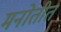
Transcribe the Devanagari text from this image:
मनोतीत